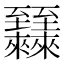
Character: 𬛷